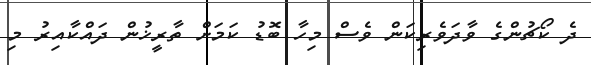
ދެ ކޯޗުންގެ ވާދަވެރިކަން ވެސް މިހާ ބޮޑު ކަމަށް ތާރީޚުން ދައްކާއިރު މި